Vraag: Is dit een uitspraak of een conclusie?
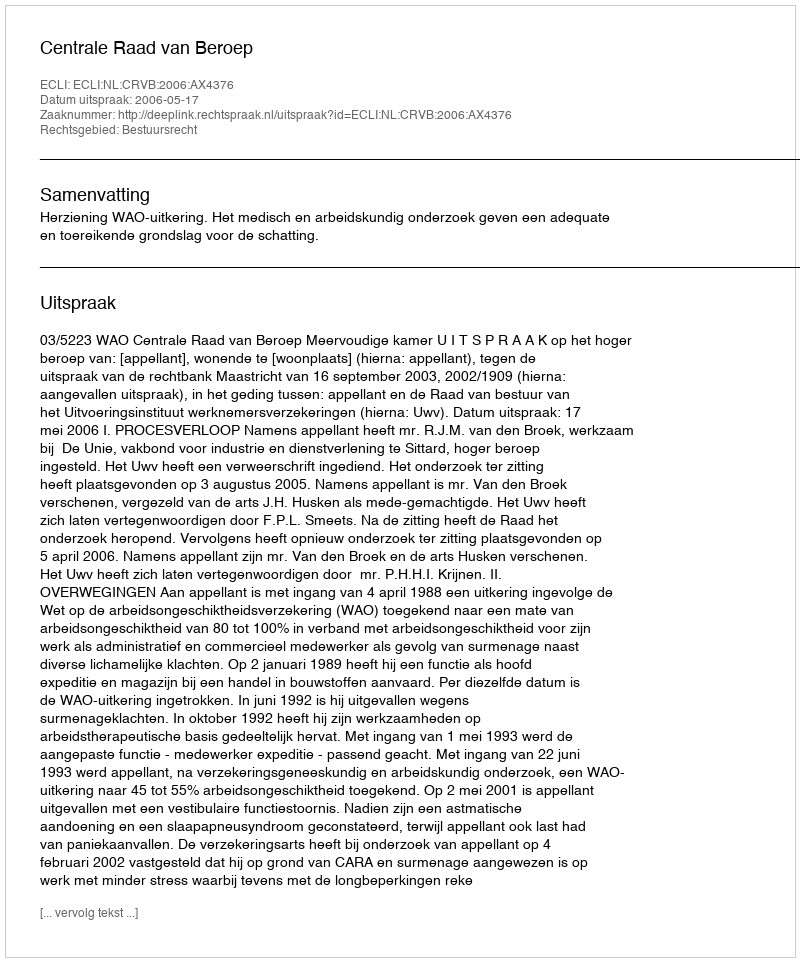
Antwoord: Uitspraak